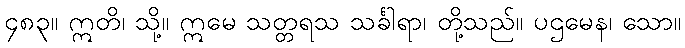
၄၈၃။ ဣတိ၊ သို့။ ဣမေ သတ္တရသ သင်္ခါရာ၊ တို့သည်။ ပဌမေန၊ သော။